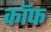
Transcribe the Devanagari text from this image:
कॉफ